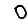
Digit: 0